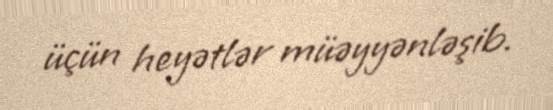
üçün heyətlər müəyyənləşib.